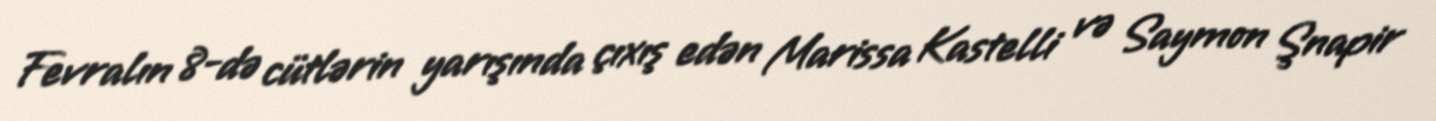
Fevralın 8-də cütlərin yarışında çıxış edən Marissa Kastelli və Saymon Şnapir